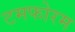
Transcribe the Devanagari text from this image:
टमफोरम